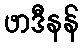
ဖာဒီနန်